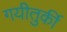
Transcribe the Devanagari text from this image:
गयीतुर्की